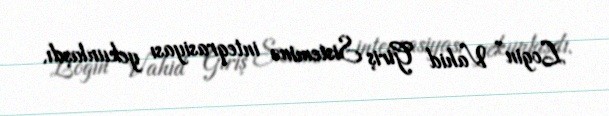
Login” Vahid Giriş Sisteminə inteqrasiyası yekunlaşdı.